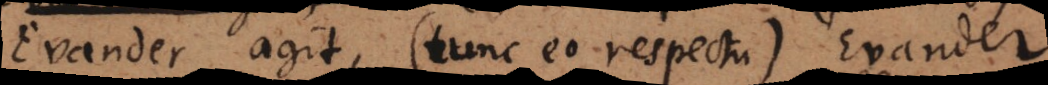
Evander agit, (tunc eo respectu) Evander